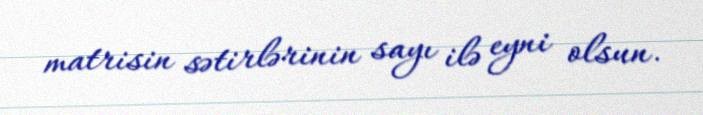
matrisin sətirlərinin sayı ilə eyni olsun.